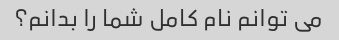
می توانم نام کامل شما را بدانم؟